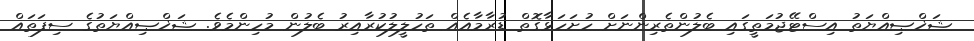
ޝަޚްޞިއްޔަތު އިސްޓޭޖުމަތީގައި ބެލުންތެރިންނަށް ހުށަހަޅާގޮތް ޑުރާމާއެއް ތަހުލީލުކުރާއިރު ބެލުން މުހިންމެވެ. ޝަޚްޞިއްޔަތުގެ ސިފަތައް